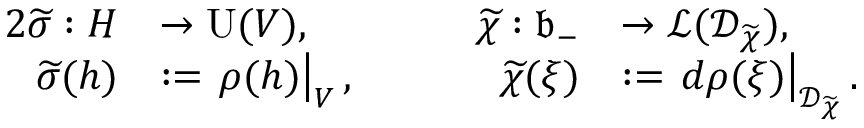
\begin{array} { r l r l } { { 2 } \widetilde { \sigma } : H } & { \to \mathrm { U } ( V ) , } & { \qquad \widetilde { \chi } : \mathfrak { b } _ { - } } & { \to \mathcal { L } ( \mathcal { D } _ { \widetilde { \chi } } ) , } \\ { \widetilde { \sigma } ( h ) } & { : = \left. \rho ( h ) \right| _ { V } , } & { \widetilde { \chi } ( \xi ) } & { : = \left. d \rho ( \xi ) \right| _ { \mathcal { D } _ { \widetilde { \chi } } } . } \end{array}